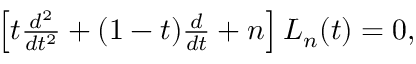
\begin{array} { r } { \left[ t \frac { d ^ { 2 } } { d t ^ { 2 } } + ( 1 - t ) \frac { d } { d t } + n \right] L _ { n } ( t ) = 0 , } \end{array}